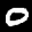
Label: 0